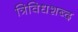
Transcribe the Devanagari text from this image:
त्रिविधशब्द